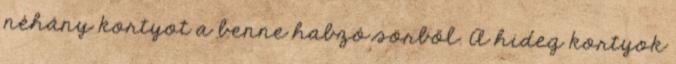
néhány kortyot a benne habzó sörből. A hideg kortyok